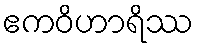
ဧကဝိဟာရိဿ